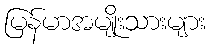
မြန်မာအမျိုးသားများ